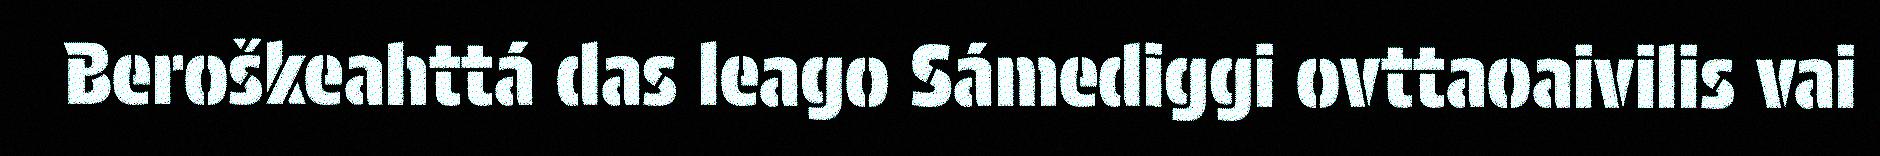
Beroškeahttá das leago Sámediggi ovttaoaivilis vai